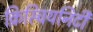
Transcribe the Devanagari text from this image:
क्रिस्चियनिटी